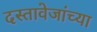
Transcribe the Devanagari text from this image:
दस्तावेजांच्या